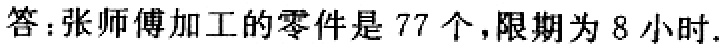
答：张师傅加工的零件是 \(77\) 个，限期为 \(8\) 小时.